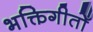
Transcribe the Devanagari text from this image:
भक्तिगीतोँ